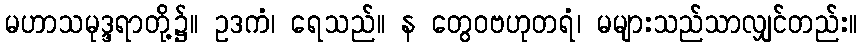
မဟာသမုဒ္ဒရာတို့၌။ ဥဒကံ၊ ရေသည်။ န တွေဝဗဟုတရံ၊ မများသည်သာလျှင်တည်း။